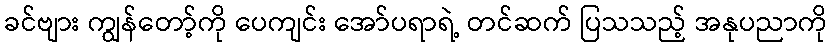
ခင်ဗျား ကျွန်တော့်ကို ပေကျင်း အော်ပရာရဲ့ တင်ဆက် ပြသသည့် အနုပညာကို